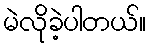
မဲလိုခဲ့ပါတယ်။